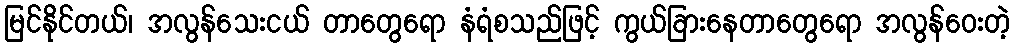
မြင်နိုင်တယ်၊ အလွန်သေးငယ် တာတွေရော နံရံစသည်ဖြင့် ကွယ်ခြားနေတာတွေရော အလွန်ဝေးတဲ့